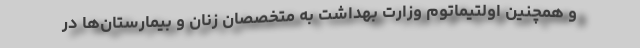
و همچنین اولتیماتوم وزارت بهداشت به متخصصان زنان و بیمارستان‌ها در